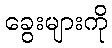
ခွေးများကို